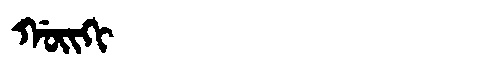
Manchu: ᡤᠣᡳᡴᡳ
Romanization: GOIKI